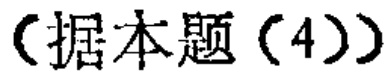
（据本题（4））